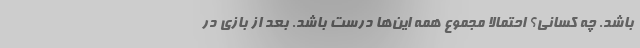
باشد. چه کسانی؟ احتمالاً مجموع همه این‌ها درست باشد. بعد از بازی در